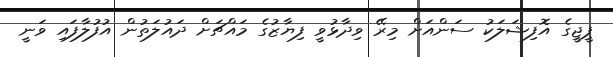
ޕީޖީގެ އޮފިޝަލަކު ސަންއަށް މިރޭ ވިދާޅުވީ ފިޔާޒުގެ މައްޗަށް ދައުލަތުން އުފުލާފައި ވަނީ